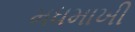
મધમાખી